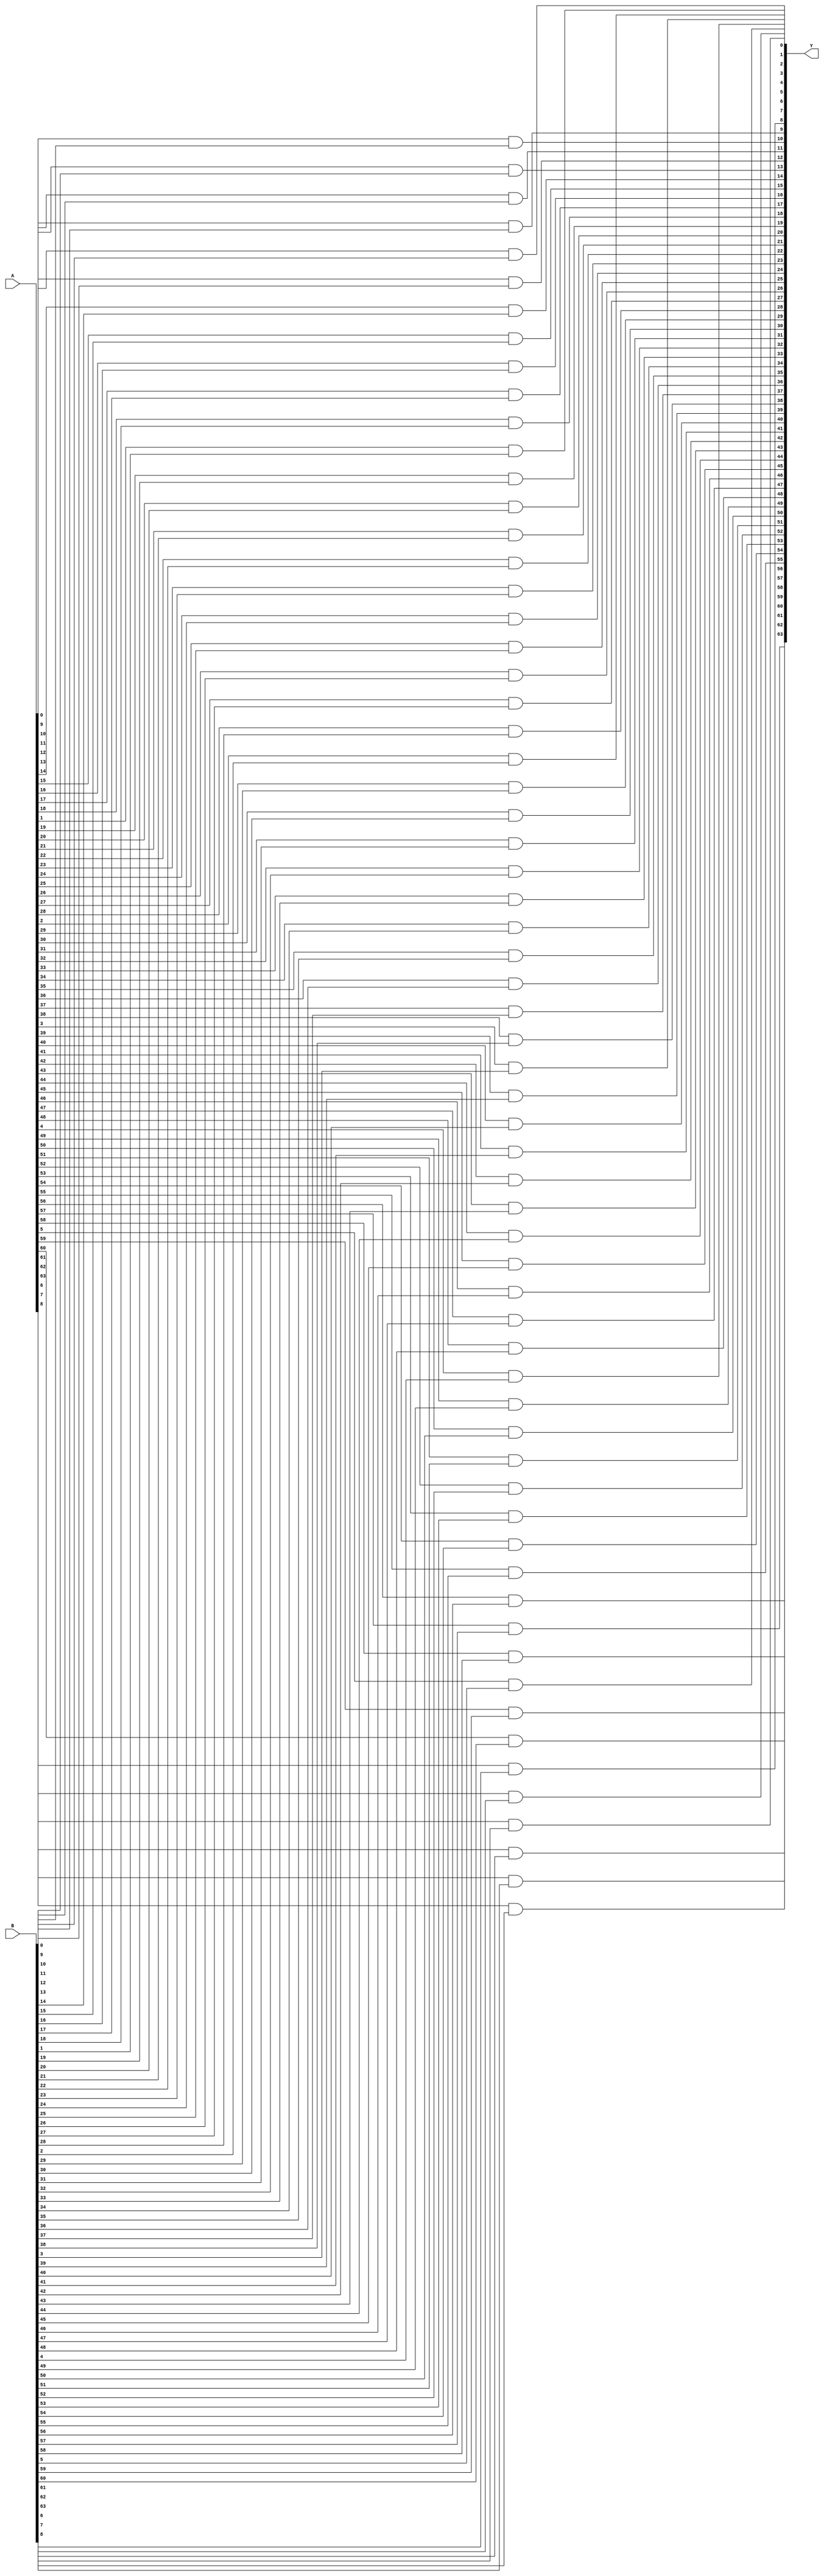
module and_64 (input signed [63:0] A, input signed [63:0] B, output signed [63:0] Y);

    genvar i;
    generate 
        for(i = 0; i < 64; i = i + 1)
        begin
            and (Y[i], A[i], B[i]);
        end
    endgenerate

endmodule